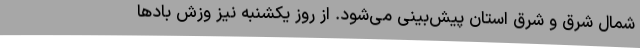
شمال شرق و شرق استان پیش‌بینی می‌شود. از روز یکشنبه نیز وزش بادها